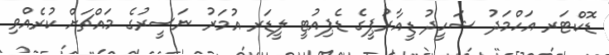
ޑޮކްޓަރ އަހްމަދު ޝަހީދު ޑީއާރުޕީގެ ޑެޕިއުޓީ ލީޑަރ އުމަރު ނަސީރުގެ މައްޗަށް ކުރެއްވި